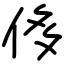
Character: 侈